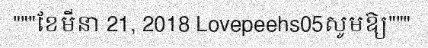
"""ខែមីនា 21, 2018 Lovepeehs05សូមឱ្យ"""